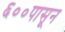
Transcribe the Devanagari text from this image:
६००पासून